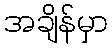
အချိန်မှာ